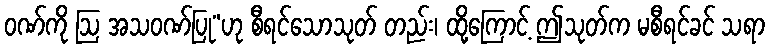
ဝဏ်ကို ဩ အသဝဏ်ပြု”ဟု စီရင်သောသုတ် တည်း၊ ထို့ကြောင့် ဤသုတ်က မစီရင်ခင် သရာ